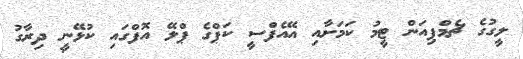
ލީގުގެ ޗެމްޕިއަން ޓީމު ކަމަށާއި އޭއެފްސީ ކަޕްގެ ޕްލޭ އޮފްގައި ކުޅޭނީ ދިރާގު